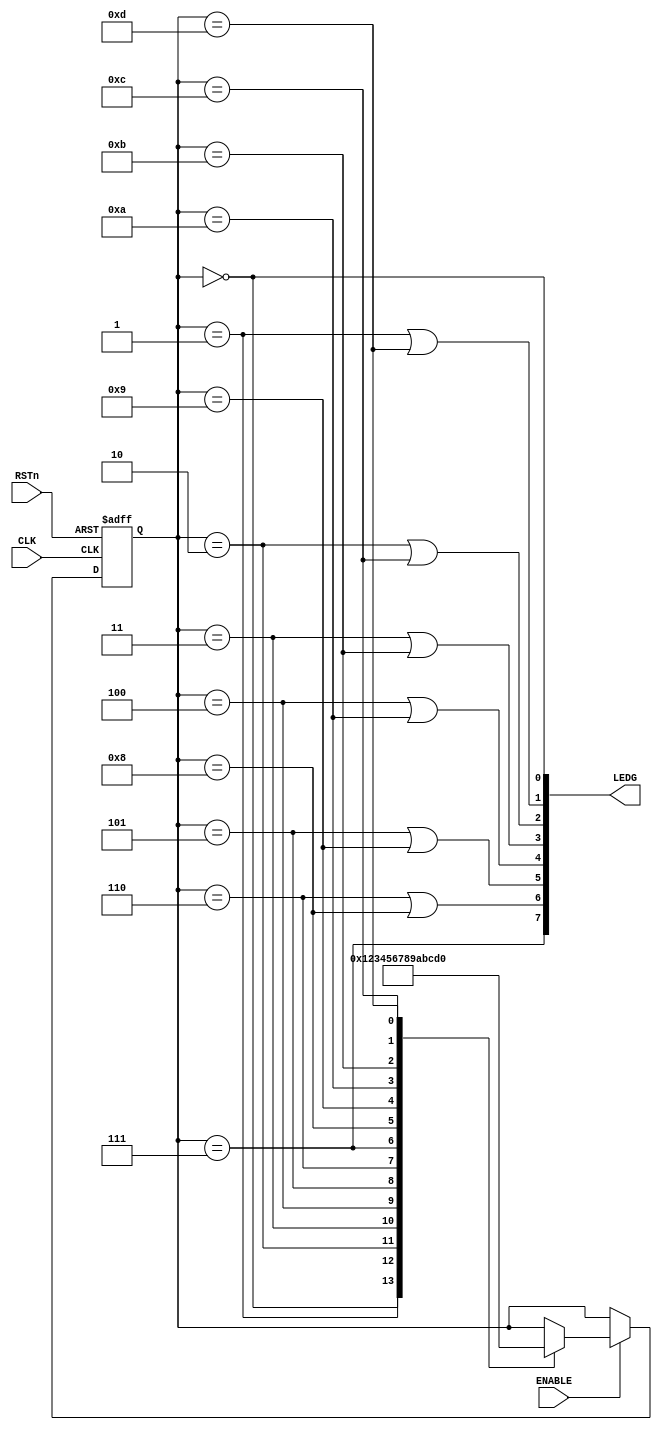
/**
 * Mquina de estados finita que muestra un LED que se desplaza de lado a lado de una
 * matriz de 8 LEDs lineal al ritmo del reloj (CLK)..
 */

module FSM_luces(
    // Declaracin de Entradas -->
    input CLK, RSTn, ENABLE,
    
    // Declaracin de Salidas -->
    output [7:0] LEDG
);

// Declaramos los registros de estado
reg [3:0] state, next_state;

// Declaramos el valor de los estados
localparam  S01 = 4'd0, S02 = 4'd1, S03 = 4'd2, S04 = 4'd3, S05 = 4'd4, S06 = 4'd5, S07 = 4'd6,
            S08 = 4'd7, S09 = 4'd8, S10 = 4'd9, S11 = 4'd10, S12 = 4'd11, S13 = 4'd12, S14 = 4'd13;

/**
 * Copia next_state a state al ritmo del reloj. Tambin reinicia al estado S01 si se pulsa
 * el botn de RESET.
 */
always @(posedge CLK or negedge RSTn)
    if(!RSTn)
        state <= S01;
    else if (ENABLE)
        state <= next_state;
    else
        state <= state;

/**
 * Cada vez que se actualiza el estado actual, dejamos next_state preparado para el siguiente
 * ciclo de reloj
 */
always @(state)
    case (state)
        S01: next_state = S02;
        S02: next_state = S03;
        S03: next_state = S04;
        S04: next_state = S05;
        S05: next_state = S06;
        S06: next_state = S07;
        S07: next_state = S08;
        S08: next_state = S09;
        S09: next_state = S10;
        S10: next_state = S11;
        S11: next_state = S12;
        S12: next_state = S13;
        S13: next_state = S14;
        S14: next_state = S01;
        default: next_state = state;
    endcase

/**
 * Establecemos el valor de la salida en base al estado actual
 */
assign LEDG[0] = state == S01;
assign LEDG[1] = state == S02 || state == S14;
assign LEDG[2] = state == S03 || state == S13;
assign LEDG[3] = state == S04 || state == S12;
assign LEDG[4] = state == S05 || state == S11;
assign LEDG[5] = state == S06 || state == S10;
assign LEDG[6] = state == S07 || state == S09;
assign LEDG[7] = state == S08;

endmodule